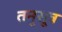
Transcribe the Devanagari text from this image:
तनुसूत्र